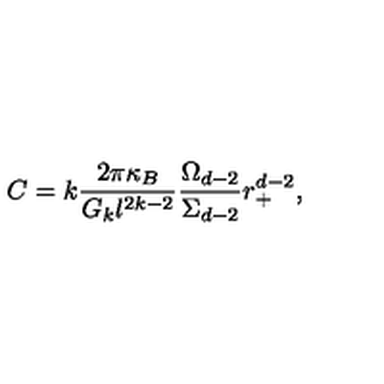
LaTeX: C = k \frac { 2 \pi \kappa _ { B } } { G _ { k } l ^ { 2 k - 2 } } \frac { \Omega _ { d - 2 } } { \Sigma _ { d - 2 } } r _ { + } ^ { d - 2 } ,